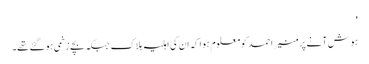
'
ہوش آنے پر منیر احمد کو معلوم ہوا کہ ان کی اہلیہ ہلاک جبکہ بچے زخمی ہو گئے تھے۔